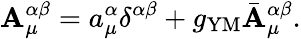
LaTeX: \mathbf{A}_{\mu}^{\alpha\beta}=a_{\mu}^{\alpha}\delta^{\alpha\beta}+g_{\mathrm{{YM}}}\bar{{\mathbf{A}}}_{\mu}^{\alpha\beta}.